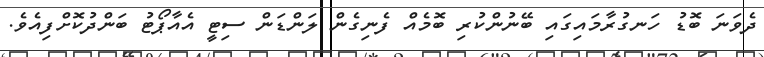
ދެވަނަ ބޮޑު ހަނގުރާމައިގައި ބޭނުންކުރި ބޮމެއް ފެނިގެން ލަންޑަން ސިޓީ އެއާޕޯޓު ބަންދުކޮށްފިއެވެ.